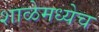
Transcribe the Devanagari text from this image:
शाळेमध्येच